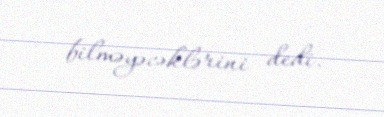
bilməyəcəklərini dedi.